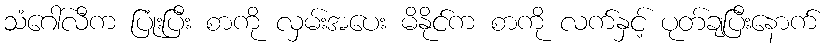
သံဂေါ်လီက ပြုံးပြီး စာကို လှမ်းအပေး မိနိုင်က စာကို လက်နှင့် ပုတ်ချပြီးနောက်